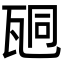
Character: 𤭆